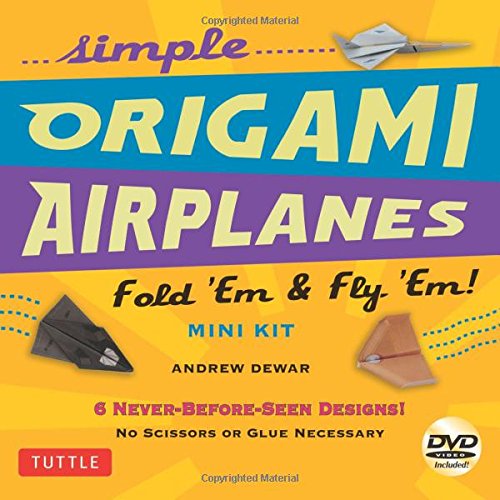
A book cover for Simple Origami Airplanes Mini Kit: Fold 'Em & Fly 'Em! [Origami Kit with Book, 24 Papers, DVD, 6 Designs]; Andrew Dewar; Sports & Outdoors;